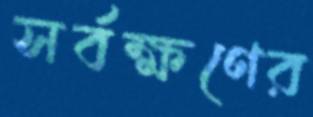
সর্বক্ষণের